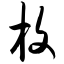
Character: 枚